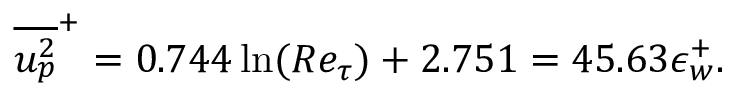
\overline { { u _ { p } ^ { 2 } } } ^ { + } = 0 . 7 4 4 \ln ( R e _ { \tau } ) + 2 . 7 5 1 = 4 5 . 6 3 \epsilon _ { w } ^ { + } .